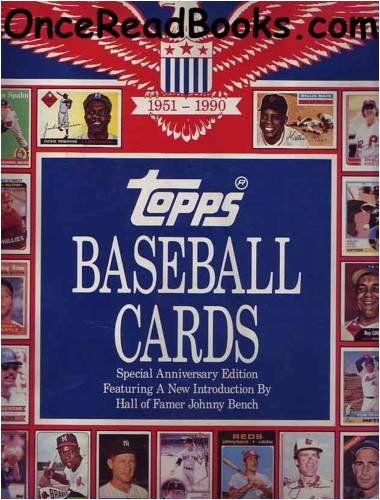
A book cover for Topps Baseball Cards: Complete Picture Collection, 40-Year History, 1951-1990; Frank Slocum; Crafts, Hobbies & Home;